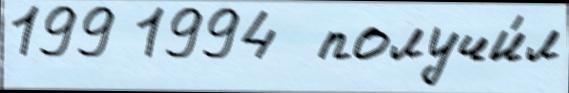
199 1994  получи́л